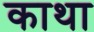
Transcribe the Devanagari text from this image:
काथा